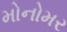
મોનોમર